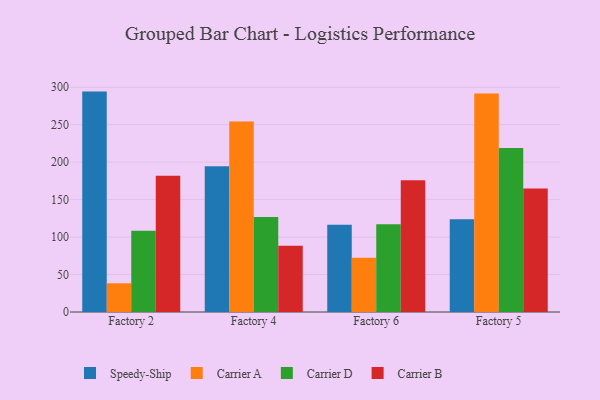
{"axis": {"x": "Factory", "y": "LTV (USD)"}, "legend": ["Carrier A", "Carrier B", "Carrier D", "Speedy-Ship"], "data": [{"x": "Factory 2", "y": 294.2, "type": "Speedy-Ship"}, {"x": "Factory 2", "y": 38.3, "type": "Carrier A"}, {"x": "Factory 2", "y": 108.5, "type": "Carrier D"}, {"x": "Factory 2", "y": 181.9, "type": "Carrier B"}, {"x": "Factory 4", "y": 194.4, "type": "Speedy-Ship"}, {"x": "Factory 4", "y": 254.4, "type": "Carrier A"}, {"x": "Factory 4", "y": 126.9, "type": "Carrier D"}, {"x": "Factory 4", "y": 88.5, "type": "Carrier B"}, {"x": "Factory 6", "y": 116.6, "type": "Speedy-Ship"}, {"x": "Factory 6", "y": 72.4, "type": "Carrier A"}, {"x": "Factory 6", "y": 117.1, "type": "Carrier D"}, {"x": "Factory 6", "y": 176.0, "type": "Carrier B"}, {"x": "Factory 5", "y": 123.7, "type": "Speedy-Ship"}, {"x": "Factory 5", "y": 291.5, "type": "Carrier A"}, {"x": "Factory 5", "y": 218.8, "type": "Carrier D"}, {"x": "Factory 5", "y": 164.8, "type": "Carrier B"}]}